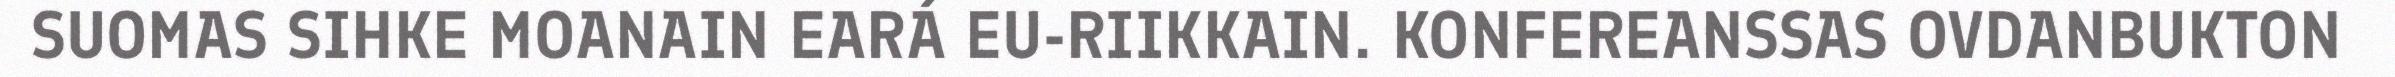
SUOMAS SIHKE MOANAIN EARÁ EU-RIIKKAIN. KONFEREANSSAS OVDANBUKTON